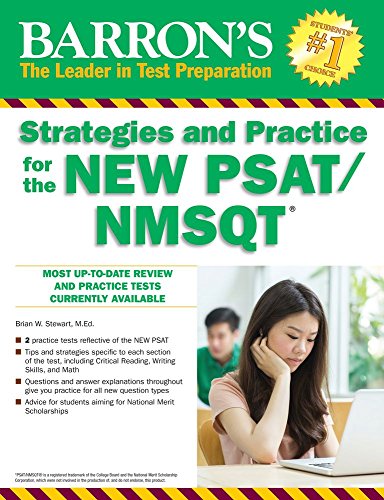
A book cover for Barron's Strategies and Practice for the NEW PSAT/NMSQT (Barron's Educational Series); Brian Stewart; Test Preparation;